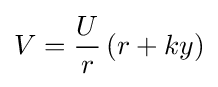
V={\frac {U}{r}}\left(r+ky\right)